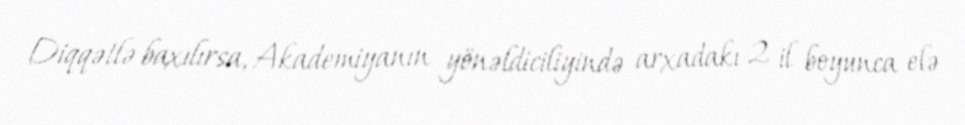
Diqqətlə baxılırsa, Akademiyanın yönəldiciliyində arxadakı 2 il boyunca elə